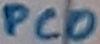
Text: PC0